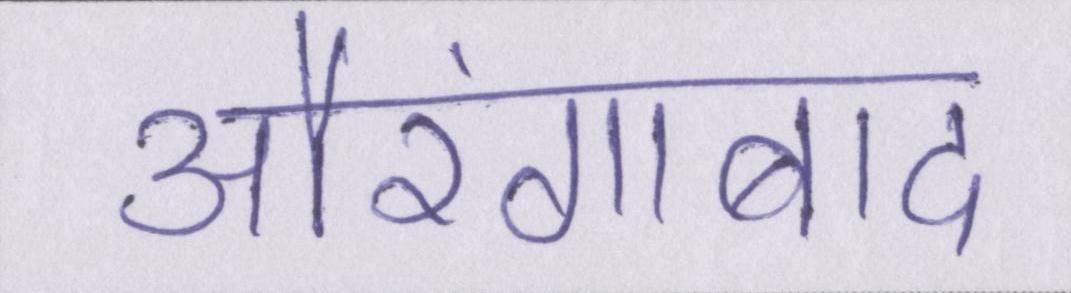
औरंगाबाद